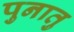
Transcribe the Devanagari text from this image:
पुनातु